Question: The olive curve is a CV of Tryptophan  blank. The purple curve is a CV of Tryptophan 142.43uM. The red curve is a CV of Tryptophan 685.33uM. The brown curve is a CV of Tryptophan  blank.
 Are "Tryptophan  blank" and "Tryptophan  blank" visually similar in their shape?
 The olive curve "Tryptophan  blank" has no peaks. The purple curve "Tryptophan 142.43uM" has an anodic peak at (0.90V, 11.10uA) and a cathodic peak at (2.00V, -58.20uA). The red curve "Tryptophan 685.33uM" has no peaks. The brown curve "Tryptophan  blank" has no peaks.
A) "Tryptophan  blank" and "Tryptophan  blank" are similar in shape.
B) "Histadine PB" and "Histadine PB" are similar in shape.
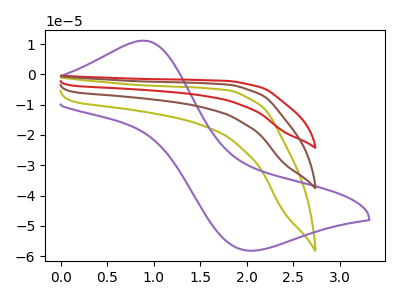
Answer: <think>Neither "Tryptophan  blank" or "Tryptophan  blank" have any peaks.
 </think>
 <answer>A) "Tryptophan  blank" and "Tryptophan  blank" are similar in shape.</answer>
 <eval>A</eval>